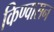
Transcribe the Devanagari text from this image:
किण्वासन